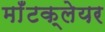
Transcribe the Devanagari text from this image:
माँटक्लेयर